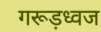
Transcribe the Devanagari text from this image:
गरूड़ध्वज